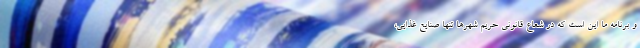
و برنامه ما این است که در شعاع قانونی حریم شهرها تنها صنایع غذایی،